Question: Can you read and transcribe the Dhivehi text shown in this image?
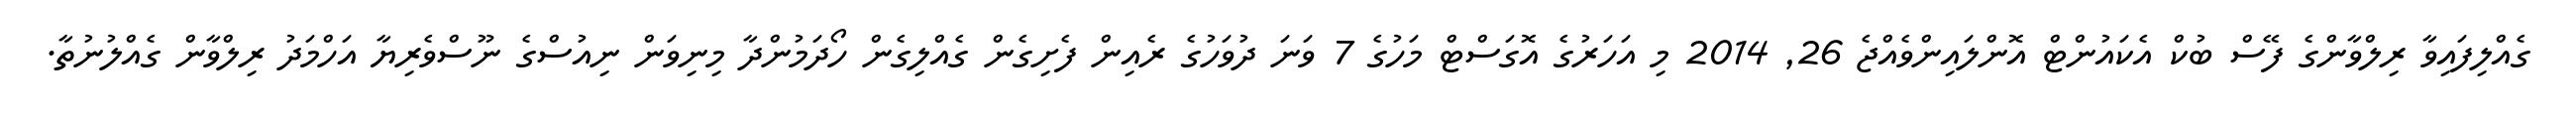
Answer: ގެއްލިފައިވާ ރިލްވާންގެ ފޭސް ބުކް އެކައުންޓް އޮންލައިންވެއްޖެ 26, 2014 މި އަހަރުގެ އޮގަސްޓް މަހުގެ 7 ވަނަ ދުވަހުގެ ރެއިން ފެށިގެން ގެއްލިގެން ހޯދަމުންދާ މިނިވަން ނިއުސްގެ ނޫސްވެރިޔާ އަހްމަދު ރިލްވާން ގެއްލުނުތާ.